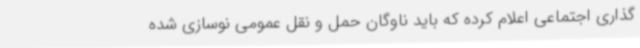
گذاری اجتماعی اعلام کرده که باید ناوگان حمل و نقل عمومی نوسازی شده